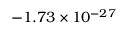
- 1 . 7 3 \times 1 0 ^ { - 2 7 }